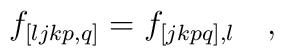
f_{[ljkp,q]}=f_{[jkpq],l}   \quad ,